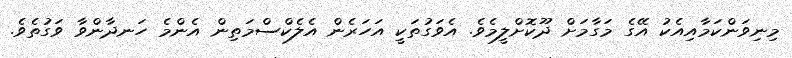
މިނިވަންކަމާއިއެކު އޭގެ މަގާމަށް ދޫކޮށްލީމެވެ. އެވަގުތަކީ އަހަރެން އެލެކްސްމަތިން އެންމެ ހަނދާންވާ ވަގުތެވެ.